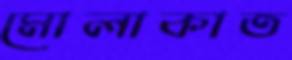
মোলাকাত